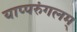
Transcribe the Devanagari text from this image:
याप्परुंगलम्